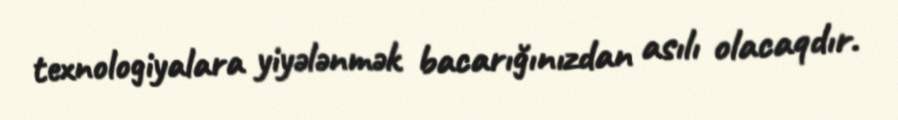
texnologiyalara yiyələnmək bacarığınızdan asılı olacaqdır.